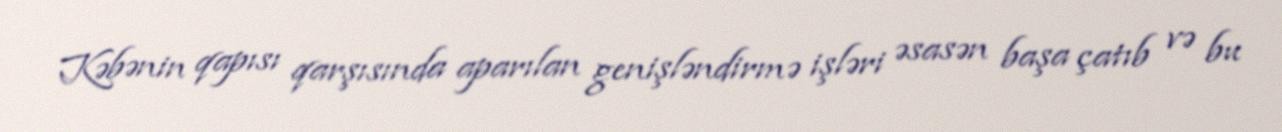
Kəbənin qapısı qarşısında aparılan genişləndirmə işləri əsasən başa çatıb və bu